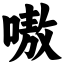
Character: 嗷